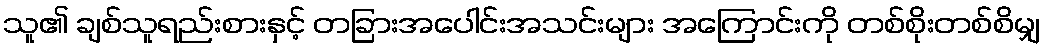
သူ၏ ချစ်သူရည်းစားနှင့် တခြားအပေါင်းအသင်းများ အကြောင်းကို တစ်စိုးတစ်စိမျှ